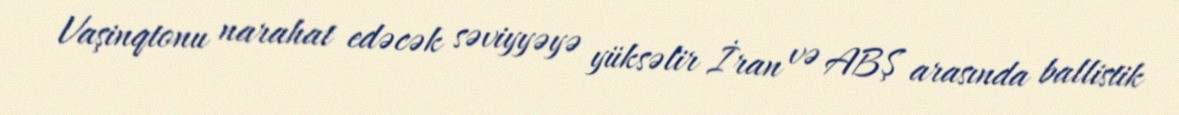
Vaşinqtonu narahat edəcək səviyyəyə yüksəlir İran və ABŞ arasında ballistik